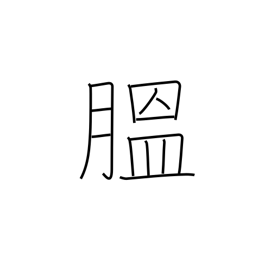
Meaning: corpulent